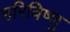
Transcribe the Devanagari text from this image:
हरिविष्णु